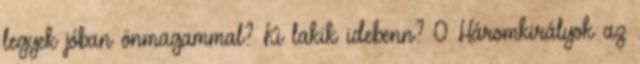
legyek jóban önmagammal? Ki lakik idebenn? 0 Háromkirályok az